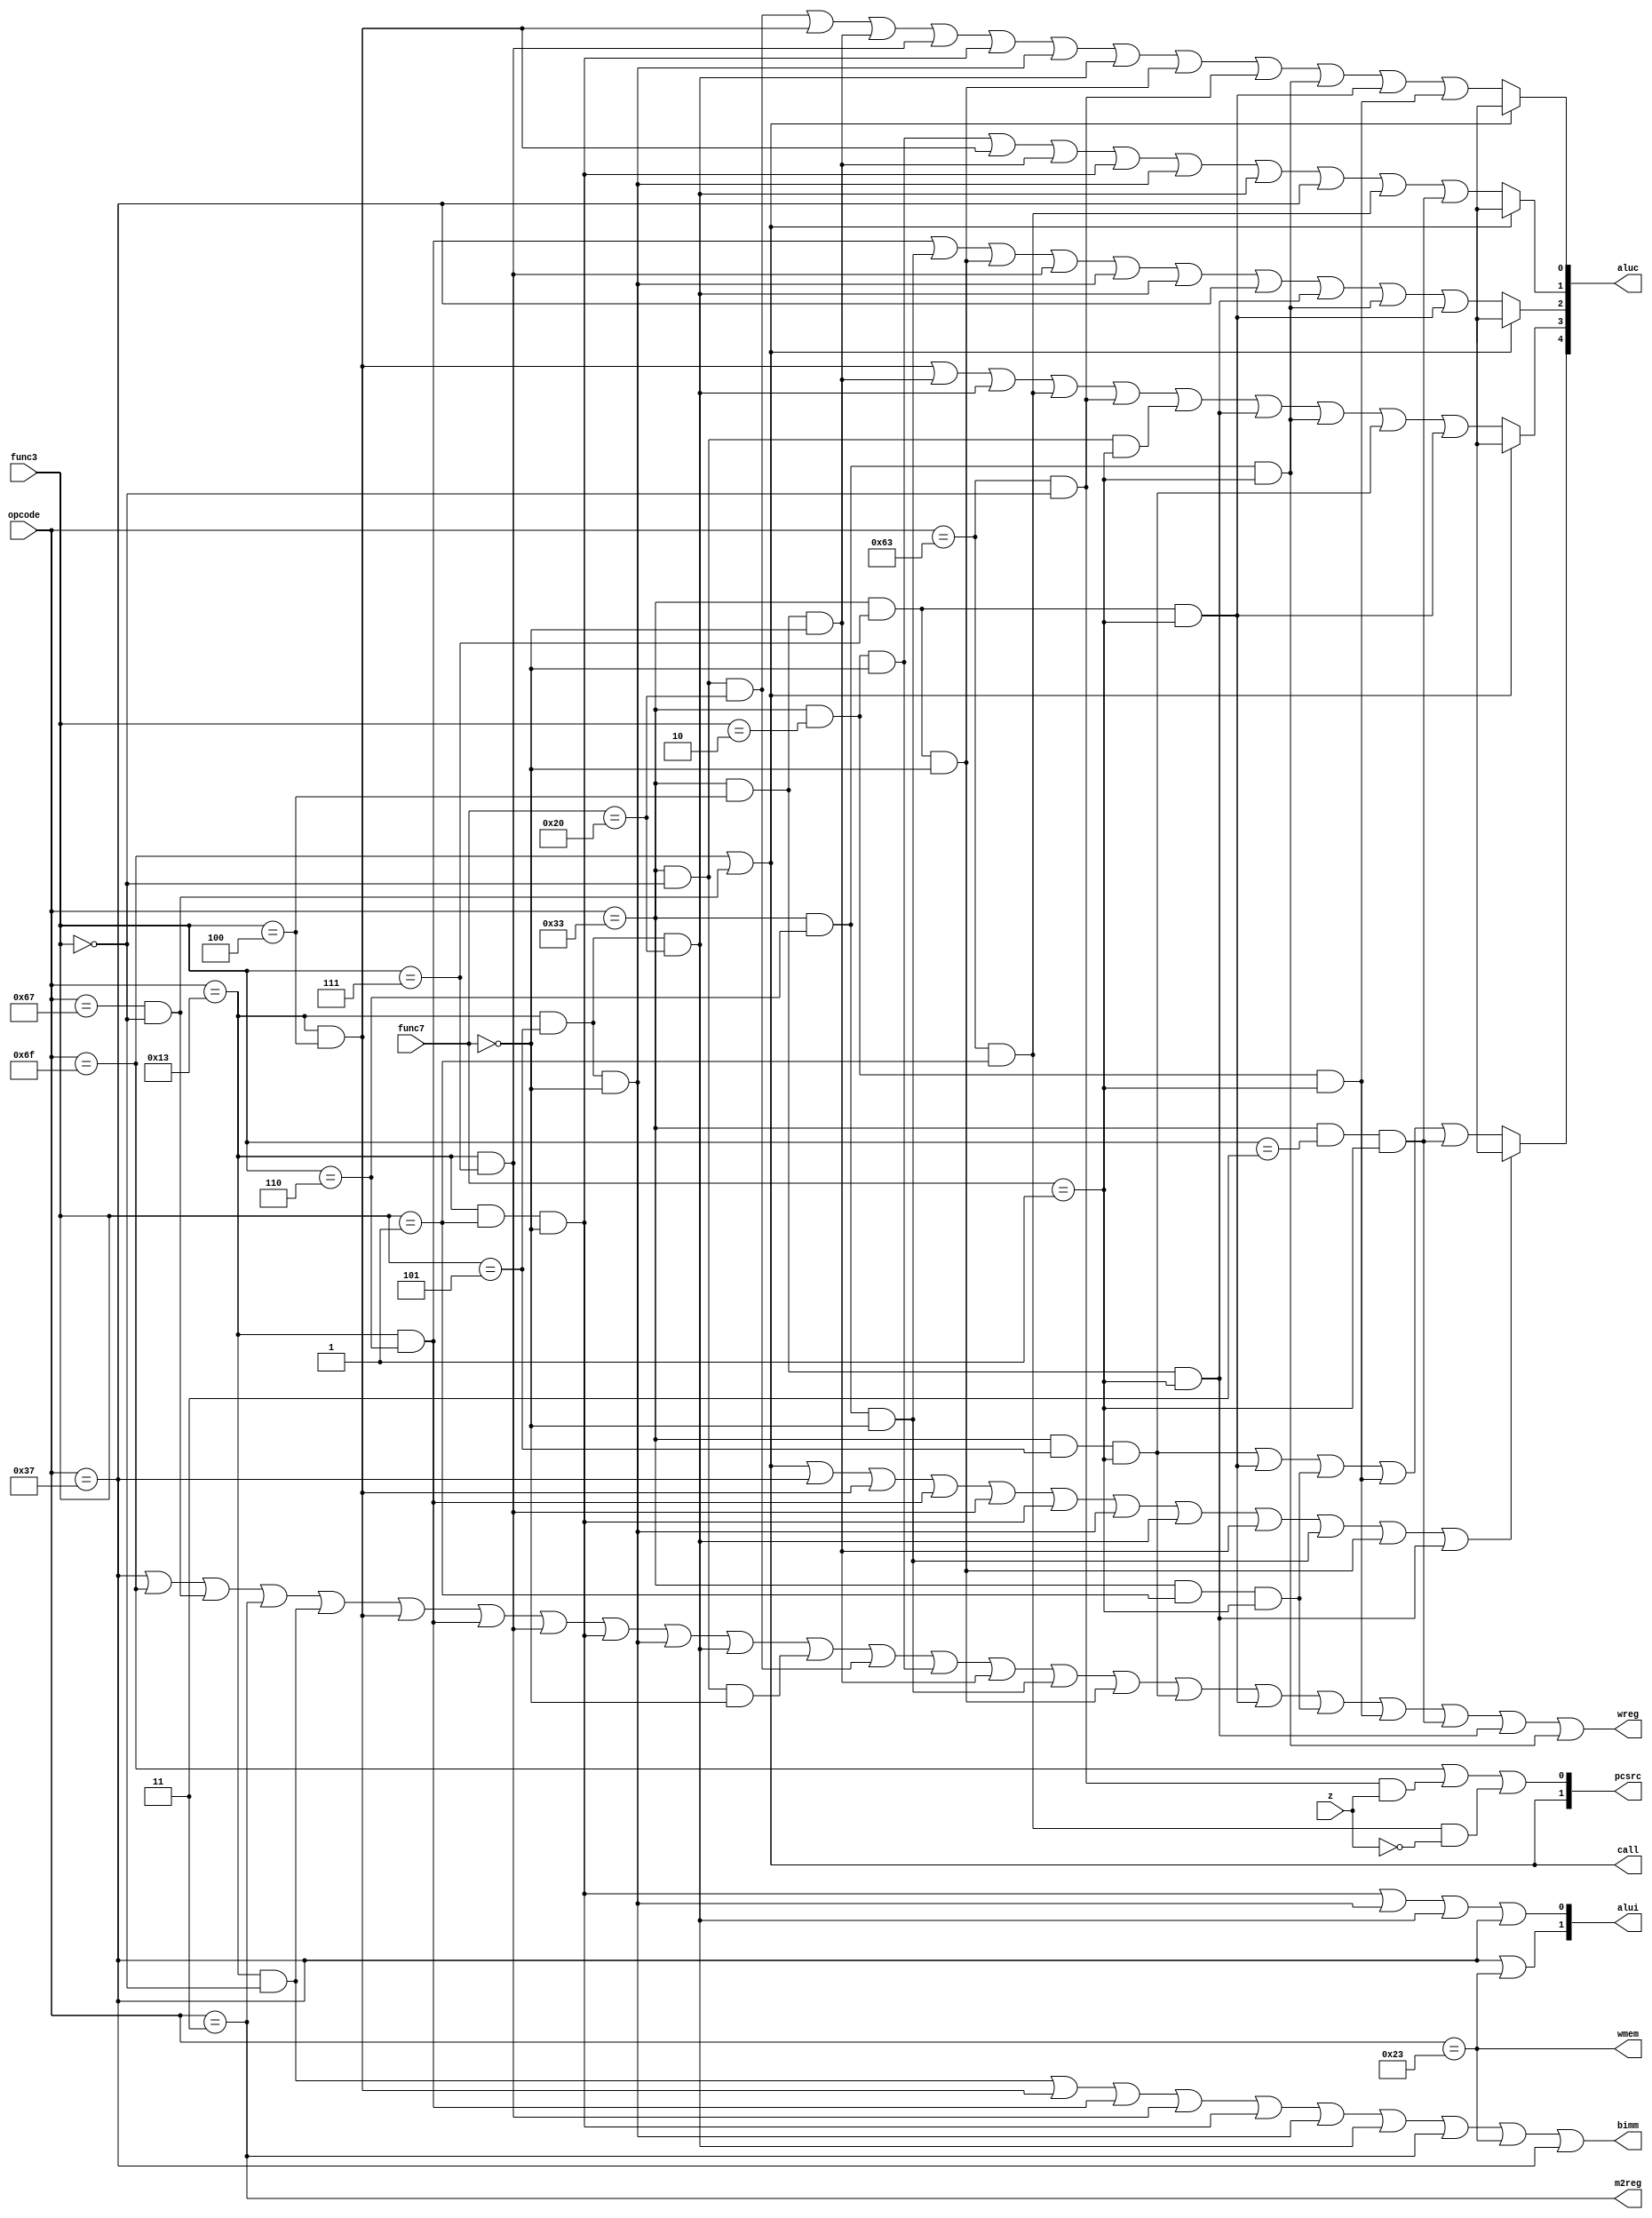
module sc_cu (opcode,func7,func3,aluc,alui,pcsrc,m2reg,bimm,call,wreg,wmem,z);
    input  [6:0] opcode;
    input  [6:0] func7;
    input  [2:0] func3;
    input        z;
   
    output [4:0] aluc;
    output [1:0] alui;
    output [1:0] pcsrc;
    output       m2reg;
    output       bimm;
    output       call;
    output       wreg;
    output       wmem;

    // instruction decode
    //RV32I
    wire i_lui   = (opcode == 7'b0110111);
    wire i_jal   = (opcode == 7'b1101111); 
    wire i_jalr  = (opcode == 7'b1100111) & (func3 == 3'b000);
    wire i_beq   = (opcode == 7'b1100011) & (func3 == 3'b000); 
    wire i_bne   = (opcode == 7'b1100011) & (func3 == 3'b001); 
    wire i_lw    = (opcode == 7'b0000011); 
    wire i_sw    = (opcode == 7'b0100011); 
    wire i_addi  = (opcode == 7'b0010011) & (func3 == 3'b000); 
    wire i_xori  = (opcode == 7'b0010011) & (func3 == 3'b100); 
    wire i_ori   = (opcode == 7'b0010011) & (func3 == 3'b110); 
    wire i_andi  = (opcode == 7'b0010011) & (func3 == 3'b111); 
    wire i_slli  = (opcode == 7'b0010011) & (func3 == 3'b001) & (func7 == 7'b0000000);
    wire i_srli  = (opcode == 7'b0010011) & (func3 == 3'b101) & (func7 == 7'b0000000); 
    wire i_srai  = (opcode == 7'b0010011) & (func3 == 3'b101) & (func7 == 7'b0100000); 
    wire i_add   = (opcode == 7'b0110011) & (func3 == 3'b000) & (func7 == 7'b0000000); 
    wire i_sub   = (opcode == 7'b0110011) & (func3 == 3'b000) & (func7 == 7'b0100000); 
    wire i_slt   = (opcode == 7'b0110011) & (func3 == 3'b010) & (func7 == 7'b0000000); 
    wire i_xor   = (opcode == 7'b0110011) & (func3 == 3'b100) & (func7 == 7'b0000000); 
    wire i_or    = (opcode == 7'b0110011) & (func3 == 3'b110) & (func7 == 7'b0000000); 
    wire i_and   = (opcode == 7'b0110011) & (func3 == 3'b111) & (func7 == 7'b0000000); 
   //RV32M
    wire i_mul     = (opcode == 7'b0110011) & (func3 == 3'b000) & (func7 == 7'b0000001);
    wire i_mulh    = (opcode == 7'b0110011) & (func3 == 3'b001) & (func7 == 7'b0000001);
    wire i_mulhsu  = (opcode == 7'b0110011) & (func3 == 3'b010) & (func7 == 7'b0000001);
    wire i_mulhu   = (opcode == 7'b0110011) & (func3 == 3'b011) & (func7 == 7'b0000001);
    wire i_div     = (opcode == 7'b0110011) & (func3 == 3'b100) & (func7 == 7'b0000001);
    wire i_divu    = (opcode == 7'b0110011) & (func3 == 3'b101) & (func7 == 7'b0000001);
    wire i_rem     = (opcode == 7'b0110011) & (func3 == 3'b110) & (func7 == 7'b0000001);
    wire i_remu    = (opcode == 7'b0110011) & (func3 == 3'b111) & (func7 == 7'b0000001);
           
   // control signals
    assign aluc[0]  = (i_jal  | i_jalr) ? 1'bx : (i_sub  | i_xori | i_xor  | i_andi | i_slli | i_srli | i_srai |
                                                  i_and  | i_beq | i_rem | i_remu | i_mulhsu); 
    assign aluc[1]  = (i_jal  | i_jalr) ? 1'bx : (i_slt  | i_xori | i_xor  | i_slli | i_srli | i_srai | i_lui  | 
                                                  i_bne | i_mulhu); 
    assign aluc[2]  = (i_jal  | i_jalr) ? 1'bx : (i_ori  | i_or   | i_and  | i_andi | i_srli | i_srai | i_lui | 
                                                  i_div | i_rem | i_remu) ; 
    assign aluc[3]  = (i_jal  | i_jalr) ? 1'bx : (i_xori | i_xor  | i_srai | i_bne  | i_beq | 
                                                  i_mul | i_div | i_rem | i_divu | i_remu) ;
    assign aluc[4]  = (i_jal  | i_jalr | i_lui | i_xori | i_ori | i_andi | i_slli | i_srli | i_srai | i_xor |
                       i_or | i_and | i_div) ? 1'bx : (i_divu | i_remu | i_mulh | i_mulhsu | i_mulhu);
    assign m2reg    = i_lw;
    assign wmem     = i_sw;
    assign wreg     = i_lui  | i_jal  | i_jalr | i_lw   | i_addi | i_xori | i_ori  | i_andi | i_slli | i_srli | 
                      i_srai | i_add  | i_sub  | i_slt  | i_xor  | i_or   | i_and  | i_divu | i_remu | i_mulh | 
                      i_mulhsu | i_mulhu | i_div | i_rem;                                                                                                        
    assign call     = i_jal  | i_jalr;
    assign alui[0]  = i_slli | i_srli | i_srai | i_lui; 
    assign alui[1]  = i_lui  | i_sw ;
    assign bimm     = i_addi | i_xori | i_ori  | i_andi | i_slli | i_srli | i_srai | i_lw | i_sw | i_lui; 
    assign pcsrc[0] = i_jal | (i_beq && z) | (i_bne && ~z);
    assign pcsrc[1] = i_jal | i_jalr;

endmodule